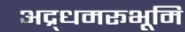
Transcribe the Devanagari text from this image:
अद्र्धमरूभूमि